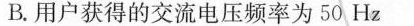
B.用户获得的交流电压频率为50Hz